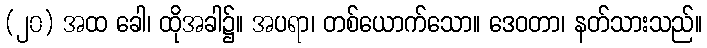
(၂၀) အထ ခေါ၊ ထိုအခါ၌။ အပရာ၊ တစ်ယောက်သော။ ဒေဝတာ၊ နတ်သားသည်။